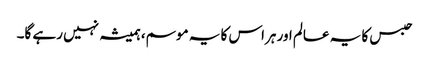
حبس کا یہ عالم اور ہراس کا یہ موسم، ہمیشہ نہیں رہے گا۔